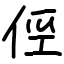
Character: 俓